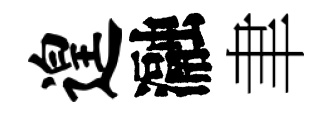
遑瀜聿